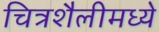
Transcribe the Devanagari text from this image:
चित्रशैलीमध्ये